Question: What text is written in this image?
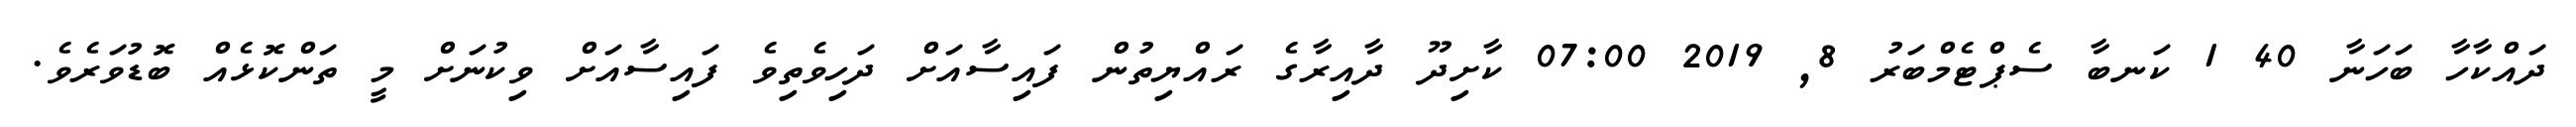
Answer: ދައްކާހާ ބަހަނާ 40 1 ކަނބާ ސެޕްޓެމްބަރު 8, 2019 07:00 ކާށިދޫ ދާއިރާގެ ރައްޔިތުން ފައިސާއަށް ދަހިވެތިވެ ފައިސާއަށް ވިކުނަށް މީ ތަންކޮޅެއް ބޮޑުވަރެވެ.